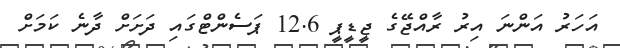
އަހަރު އަންނަ އިރު ރާއްޖޭގެ ޖީޑީޕީ 12.6 ޕަސެންޓްގައި ދަށަށް ދާނެ ކަމަށް